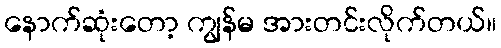
နောက်ဆုံးတော့ ကျွန်မ အားတင်းလိုက်တယ်။